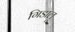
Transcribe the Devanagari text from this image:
गिडालू